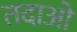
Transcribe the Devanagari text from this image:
तदाओ